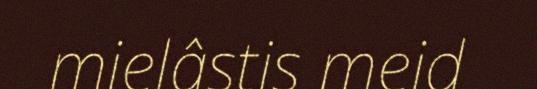
mielâstis meid